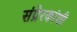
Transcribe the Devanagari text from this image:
संप्रेरकांशी